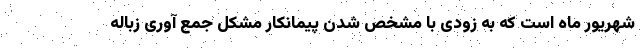
شهریور ماه است که به زودی با مشخص شدن پیمانکار مشکل جمع آوری زباله